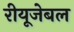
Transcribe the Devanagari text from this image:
रीयूजेबल